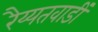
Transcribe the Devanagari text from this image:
रैय्यतवाडीं